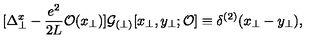
[ \Delta _ { \perp } ^ { x } - \frac { e ^ { 2 } } { 2 L } { \cal O } ( x _ { \perp } ) ] { \cal G } _ { ( \perp ) } [ x _ { \perp } , y _ { \perp } ; { \cal O } ] \equiv \delta ^ { ( 2 ) } ( x _ { \perp } - y _ { \perp } ) ,